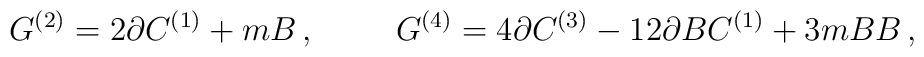
G^{(2)}=2\partial C^{(1)}+mB\, ,\hspace{1cm}G^{(4)}  =  4\partial C^{(3)} -12\partial BC^{(1)}+3m BB\, ,